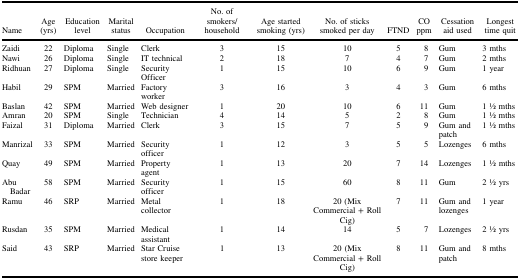
<table><thead><tr><td><b>Name</b></td><td><b>Age (yrs)</b></td><td><b>Education level</b></td><td><b>Marital status</b></td><td><b>Occupation</b></td><td><b>No. of smokers/household</b></td><td><b>Age started smoking (yrs)</b></td><td><b>No. of sticks smoked per day</b></td><td><b>FTND</b></td><td><b>CO ppm</b></td><td><b>Cessation aid used</b></td><td><b>Longest time quit</b></td></tr></thead><tbody><tr><td>Zaidi</td><td>22</td><td>Diploma</td><td>Single</td><td>Clerk</td><td>3</td><td>15</td><td>10</td><td>5</td><td>8</td><td>Gum</td><td>3 mths</td></tr><tr><td>Nawi</td><td>26</td><td>Diploma</td><td>Single</td><td>IT technical</td><td>2</td><td>18</td><td>7</td><td>4</td><td>7</td><td>Gum</td><td>2 mths</td></tr><tr><td>Ridhuan</td><td>27</td><td>Diploma</td><td>Single</td><td>Security Officer</td><td>1</td><td>15</td><td>10</td><td>6</td><td>9</td><td>Gum</td><td>1 year</td></tr><tr><td>Habil</td><td>29</td><td>SPM</td><td>Married</td><td>Factory worker</td><td>3</td><td>16</td><td>3</td><td>4</td><td>3</td><td>Gum</td><td>6 mths</td></tr><tr><td>Baslan</td><td>42</td><td>SPM</td><td>Married</td><td>Web designer</td><td>1</td><td>20</td><td>10</td><td>6</td><td>11</td><td>Gum</td><td>1 1⁄2 mths</td></tr><tr><td>Amran</td><td>20</td><td>SPM</td><td>Single</td><td>Technician</td><td>4</td><td>14</td><td>5</td><td>2</td><td>8</td><td>Gum</td><td>1 1⁄2 mths</td></tr><tr><td>Faizal</td><td>31</td><td>Diploma</td><td>Married</td><td>Clerk</td><td>3</td><td>15</td><td>7</td><td>5</td><td>9</td><td>Gum and patch</td><td>1 1⁄2 mths</td></tr><tr><td>Manrizal</td><td>33</td><td>SPM</td><td>Married</td><td>Security officer</td><td>1</td><td>12</td><td>3</td><td>5</td><td>5</td><td>Lozenges</td><td>6 mths</td></tr><tr><td>Quay</td><td>49</td><td>SPM</td><td>Married</td><td>Property agent</td><td>1</td><td>13</td><td>20</td><td>7</td><td>14</td><td>Lozenges</td><td>1 1⁄2 mths</td></tr><tr><td>Abu Badar</td><td>58</td><td>SPM</td><td>Married</td><td>Security officer</td><td>1</td><td>15</td><td>60</td><td>8</td><td>11</td><td>Gum</td><td>2 1⁄2 yrs</td></tr><tr><td>Ramu</td><td>46</td><td>SRP</td><td>Married</td><td>Metal collector</td><td>1</td><td>18</td><td>20 (Mix Commercial + Roll Cig)</td><td>7</td><td>11</td><td>Gum and lozenges</td><td>1 year</td></tr><tr><td>Rusdan</td><td>35</td><td>SPM</td><td>Married</td><td>Medical assistant</td><td>1</td><td>14</td><td>14</td><td>5</td><td>7</td><td>Lozenges</td><td>2 1⁄2 yrs</td></tr><tr><td>Said</td><td>43</td><td>SRP</td><td>Married</td><td>Star Cruise store keeper</td><td>1</td><td>13</td><td>20 (Mix Commercial + Roll Cig)</td><td>8</td><td>11</td><td>Gum and patch</td><td>8 mths</td></tr></tbody></table>